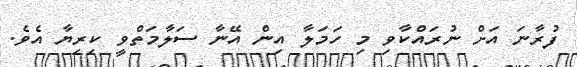
ފުރާނަ އަށް ނުރައްކާވި މި ހަމަލާ އިން އޭނާ ސަލާމަތްވީ ކިރިޔާ އެވެ.